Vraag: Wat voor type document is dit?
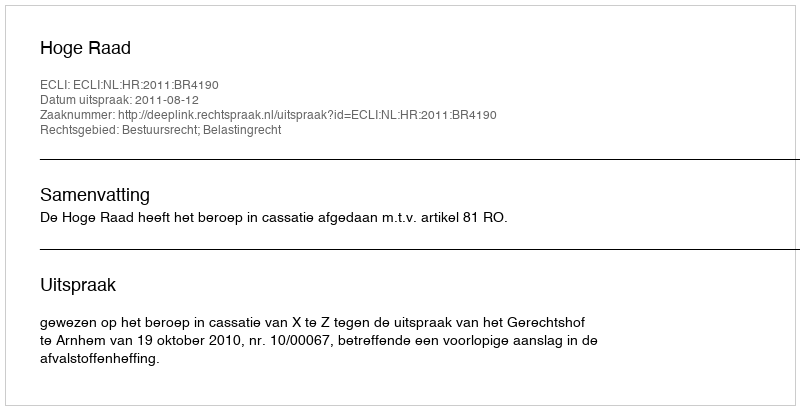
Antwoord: Uitspraak